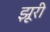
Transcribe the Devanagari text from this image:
झूरी